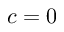
c = 0